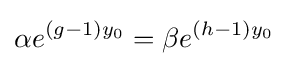
\alpha e^{(g-1)y_{0}}=\beta e^{(h-1)y_{0}}